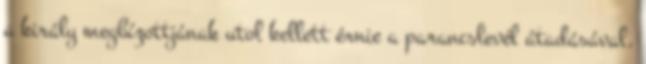
a király megbízottjának utol kellett érnie a parancslevél átadásával.